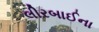
લીરબાઈના